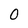
Character: 0